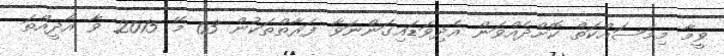
ވީމާ މިމަސައްކަތް ކޮށްދެއްވަން އެދިވަޑައިގަންނަވާ ފަރާތްތަކުން 03 މޭ 2015 ވާ އާދީއްތަ